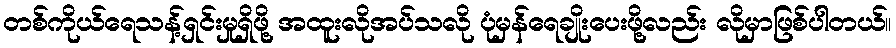
တစ်ကိုယ်ရေသန့်ရှင်းမှုရှိဖို့ အထူးလိုအပ်သလို ပုံမှန်ရေချိုးပေးဖို့လည်း လိုမှာဖြစ်ပါတယ်။